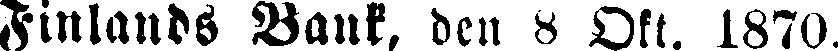
Finlands Bank, ben 8 Okt. 1870.